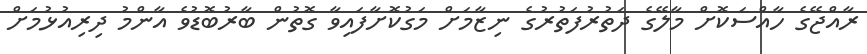
ރާއްޖޭގެ ހާއްސަކޮށް މާލޭގެ ދަތުރުފަތުރުގެ ނިޒާމަށް މަގުކޮށާފައިވާ ގޮތުން ބާރުބޮޑުވެ އާންމު ދިރިއުޅުމަށް